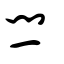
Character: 閂